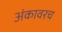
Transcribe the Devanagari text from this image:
अंकावरच